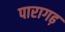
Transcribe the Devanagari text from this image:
पारागढ़